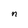
Character: n